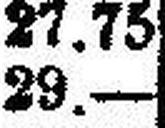
29.—